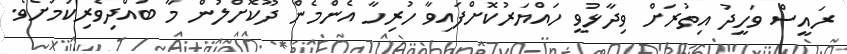
ރައީސް ވަހީދު އިތުރަށް ވިދާޅުވީ ހައްޔަރުކޮށްފައިވާ ހުރިހާ އެންމެން ދޫކޮށްލުން މާ ބުއްދިވެރިކަމަށެވެ.